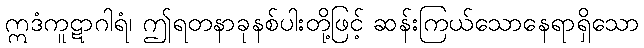
ဣဒံကူဋာဂါရံ၊ ဤရတနာခုနစ်ပါးတို့ဖြင့် ဆန်းကြယ်သောနေရာရှိသော